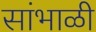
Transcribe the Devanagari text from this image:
सांभाळी